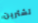
تشترين